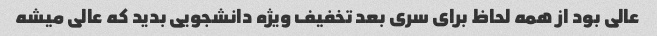
عالی بود از همه لحاظ برای سری بعد تخفیف ویژه دانشجویی بدید که عالی میشه